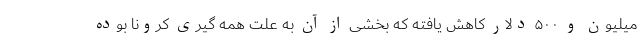
میلیون و ۵۰۰ دلار کاهش یافته که بخشی از آن به علت همه گیری کرونا بوده